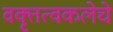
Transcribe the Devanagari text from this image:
वक्तृत्वकलेचे